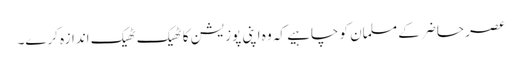
عصر حاضر کے مسلمان کو چاہیے کہ وہ اپنی پوزیشن کا ٹھیک ٹھیک اندازہ کرے۔